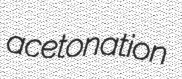
acetonation